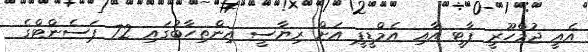
އެއީ ޖުމްހޫރީ ޕާޓީ އާއި އެމްޑީޕީ އަށް ރިޔާސީ އިންތިހާބުގައި 72 ޕަސެންޓްގެ